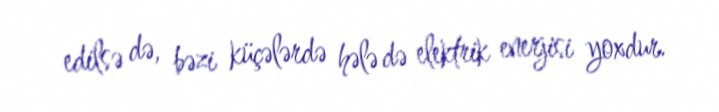
edilsə də, bəzi küçələrdə hələ də elektrik enerjisi yoxdur.